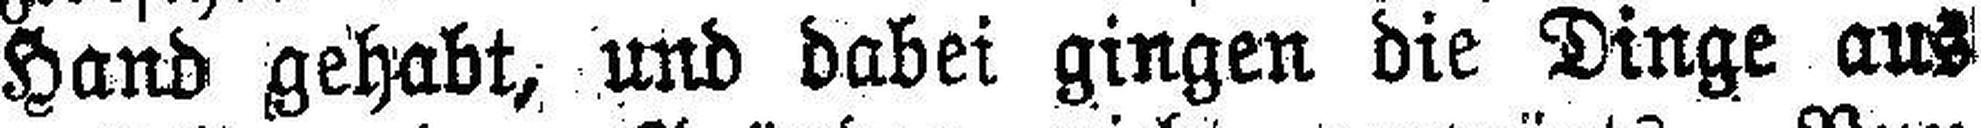
Hand gehabt, und dabei gingen die Dinge aus